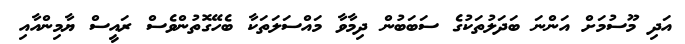
އަދި މޫސުމަށް އަންނަ ބަދަލުތަކުގެ ސަބަބުން ދިމާވާ މައްސަލަތަކާ ބެހޭގޮތުންވެސް ރައީސް ޔާމިންއާއި